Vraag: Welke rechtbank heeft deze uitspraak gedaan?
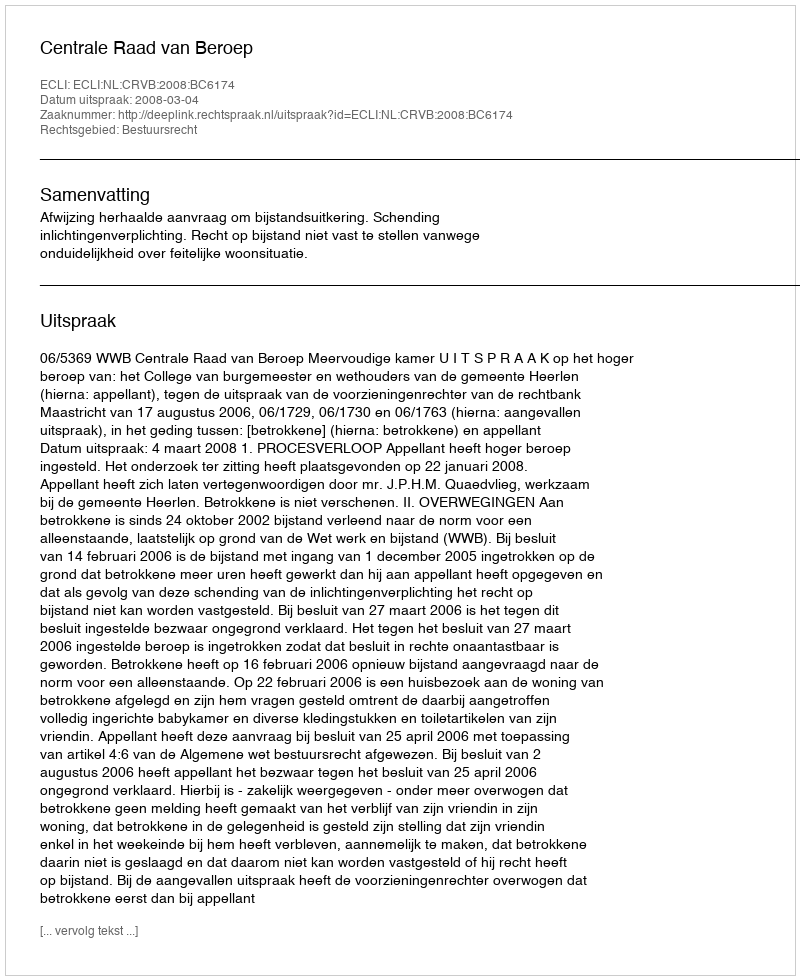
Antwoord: Centrale Raad van Beroep